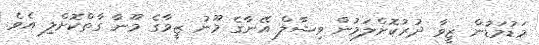
މަޑުމަޑުން ޒީވާ ދުރުކޮށްލަމުން ވިޝާލް އޭނާގެ މޫނު ޒީވާގެ މޫނާ ގާތްކޮށްލި އެވެ.